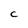
Character: c